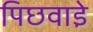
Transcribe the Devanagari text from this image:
पिछवाडे़